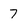
Character: 7